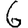
Digit: 6